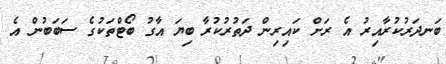
ބަނދަރުކުރާއިރު އެ ރަށް ކައިރިން ދަތުރުކުރާ ބިޔަ އާގު ބޯޓްތަކުގެ ސަބަބުން އެ